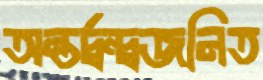
অন্তর্দ্বন্দ্বজনিত